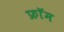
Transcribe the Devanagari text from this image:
फ्राॅम